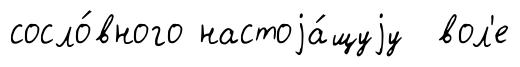
сосло́вного настоjа́щуjу вол'е